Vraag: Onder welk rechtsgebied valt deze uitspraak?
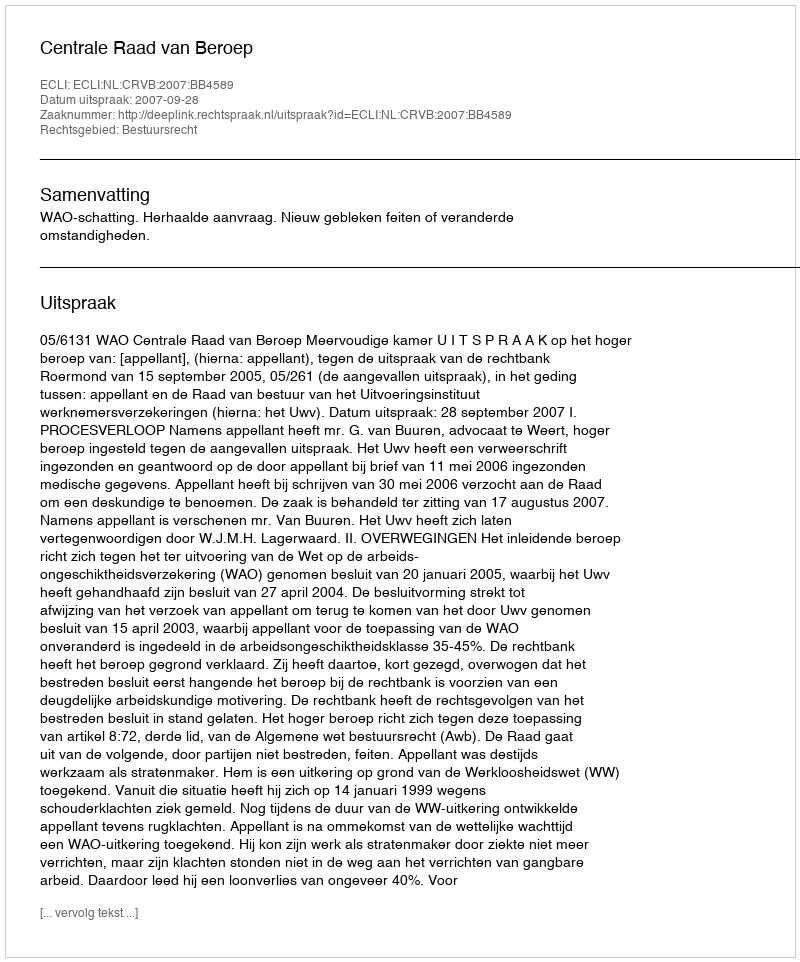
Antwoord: Bestuursrecht